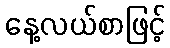
နေ့လယ်စာဖြင့်